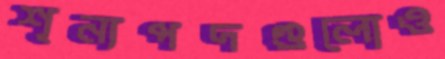
শূন্যপদগুলোও